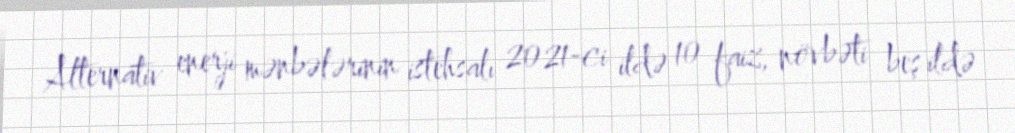
Alternativ enerji mənbələrinin istehsalı 2021-ci ildə 10 faiz, növbəti beş ildə